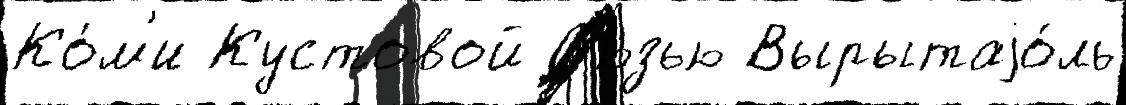
Ко́м'и Кустовой С'юзью Вырытаjо́ль